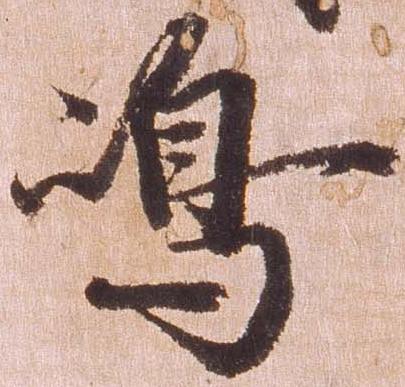
島